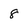
Character: 8